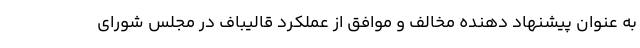
به عنوان پیشنهاد دهنده مخالف و موافق از عملکرد قالیباف در مجلس شورای